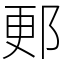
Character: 郠